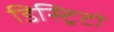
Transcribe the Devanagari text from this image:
डिस्ट्रिटो